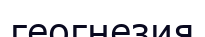
геогнезия